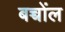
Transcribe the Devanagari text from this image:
बच्चोंल